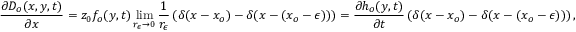
\frac { \partial D _ { o } ( x , y , t ) } { \partial x } = z _ { 0 } f _ { o } ( y , t ) \operatorname* { l i m } _ { r _ { \epsilon } \rightarrow 0 } \frac { 1 } { r _ { \epsilon } } \left( \delta ( x - x _ { o } ) - \delta ( x - ( x _ { o } - \epsilon ) ) \right) = \frac { \partial h _ { o } ( y , t ) } { \partial t } \left( \delta ( x - x _ { o } ) - \delta ( x - ( x _ { o } - \epsilon ) ) \right) ,